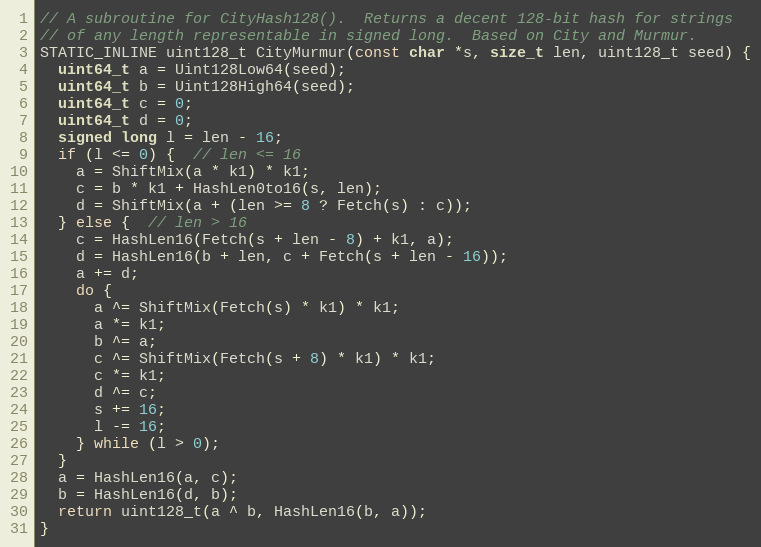
Language: C++
// A subroutine for CityHash128().  Returns a decent 128-bit hash for strings
// of any length representable in signed long.  Based on City and Murmur.
STATIC_INLINE uint128_t CityMurmur(const char *s, size_t len, uint128_t seed) {
  uint64_t a = Uint128Low64(seed);
  uint64_t b = Uint128High64(seed);
  uint64_t c = 0;
  uint64_t d = 0;
  signed long l = len - 16;
  if (l <= 0) {  // len <= 16
    a = ShiftMix(a * k1) * k1;
    c = b * k1 + HashLen0to16(s, len);
    d = ShiftMix(a + (len >= 8 ? Fetch(s) : c));
  } else {  // len > 16
    c = HashLen16(Fetch(s + len - 8) + k1, a);
    d = HashLen16(b + len, c + Fetch(s + len - 16));
    a += d;
    do {
      a ^= ShiftMix(Fetch(s) * k1) * k1;
      a *= k1;
      b ^= a;
      c ^= ShiftMix(Fetch(s + 8) * k1) * k1;
      c *= k1;
      d ^= c;
      s += 16;
      l -= 16;
    } while (l > 0);
  }
  a = HashLen16(a, c);
  b = HashLen16(d, b);
  return uint128_t(a ^ b, HashLen16(b, a));
}